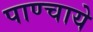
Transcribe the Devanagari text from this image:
पाण्चाये